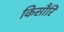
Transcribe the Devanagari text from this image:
किसौरि